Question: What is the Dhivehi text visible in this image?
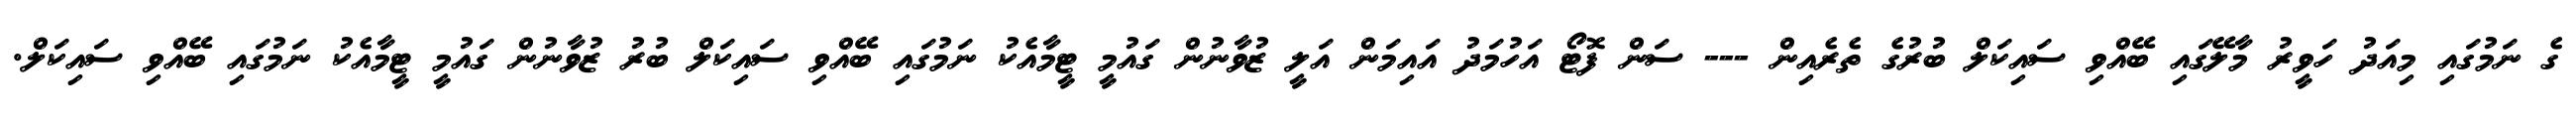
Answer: ގެ ނަމުގައި މިއަދު ހަވީރު މާލޭގައި ބޭއްވި ސައިކަލް ބުރުގެ ތެރެއިން --- ސަން ފޮޓޯ އަހުމަދު އައިމަން އަލީ ޒުވާނުން ގައުމީ ޓީމާއެކު ނަމުގައި ބޭއްވި ސައިކަލް ބުރު ޒުވާނުން ގައުމީ ޓީމާއެކު ނަމުގައި ބޭއްވި ސައިކަލް.